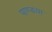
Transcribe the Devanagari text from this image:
पाण्डया